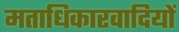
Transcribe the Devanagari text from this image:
मताधिकारवादियों